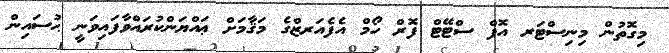
މިގޮތުން މިނިސްޓަރ އޮފް ސްޓޭޓް ފޮރް ހޯމް އެފެއަރޒްގެ މަޤާމަށް ޢައްޔަންކުރައްވާފައިވަނީ ޙުސައިން